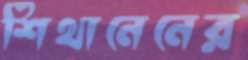
শিথানেনের